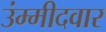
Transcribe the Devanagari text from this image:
उंम्मीदवार